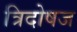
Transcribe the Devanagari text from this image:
त्रिदोषज